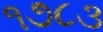
૧૭૮૩